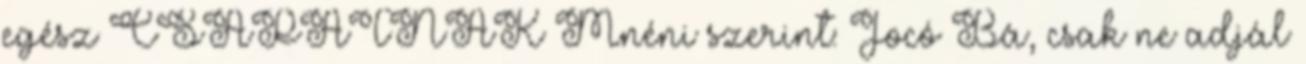
egész CSAPATNAK Mnéni szerint: Jocó Bá, csak ne adjál